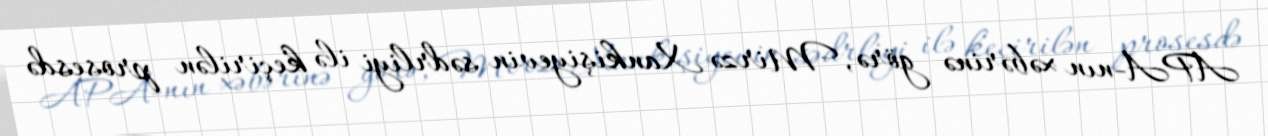
APA-nın xəbərinə görə, Mirzə Xankişiyevin sədrliyi ilə keçirilən prosesdə